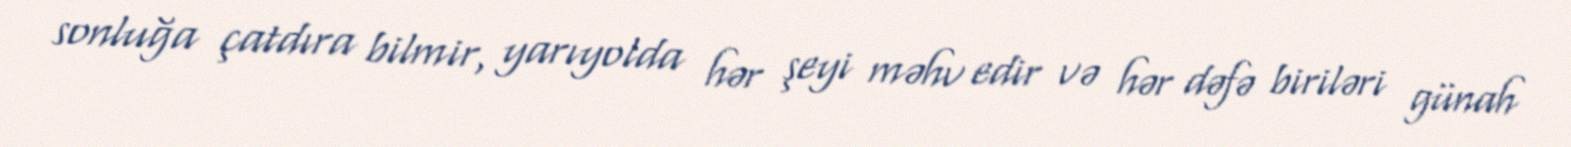
sonluğa çatdıra bilmir, yarıyolda hər şeyi məhv edir və hər dəfə biriləri günah